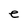
Character: e